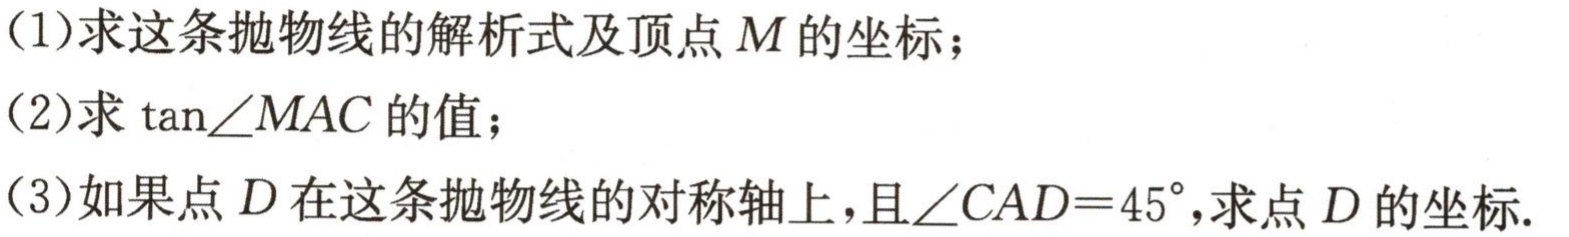
(1)求这条抛物线的解析式及顶点\(M\)的坐标；
(2)求\(\tan\angle MAC\)的值；
(3)如果点\(D\)在这条抛物线的对称轴上，且\(\angle CAD = 45^{\circ}\)，求点\(D\)的坐标.